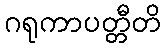
ဂရုကာပတ္တီတိ